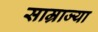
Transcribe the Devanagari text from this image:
साम्राज्या